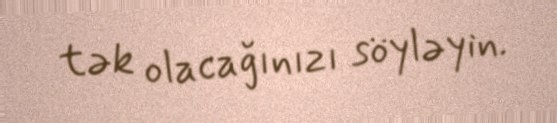
tək olacağınızı söyləyin.